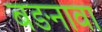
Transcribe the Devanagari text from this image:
बङनावा